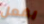
بفعل